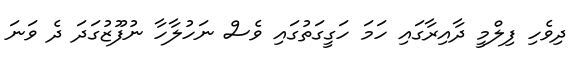
ދިވެހި ފިލްމީ ދާއިރާގައި ހަމަ ހަގީގަތުގައި ވެސް ނަހުލާހާ ނުފޫޒުގަދަ ދެ ވަނަ